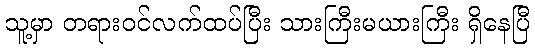
သူ့မှာ တရားဝင်လက်ထပ်ပြီး သားကြီးမယားကြီး ရှိနေပြီ